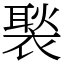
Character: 褧